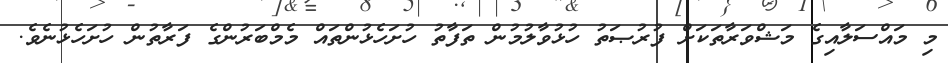
މި މައްސަލާއިގެ މަޝްވަރާތަކަށް ފުރުޞަތު ހުޅުވާލުމުން ތަފާތު ހުށަހެޅުންތައް މެމްބަރުންގެ ފަރާތުން ހުށަހެޅުނެވެ.